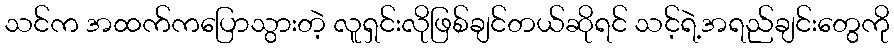
သင်က အထက်ကပြောသွားတဲ့ လူရှင်းလိုဖြစ်ချင်တယ်ဆိုရင် သင့်ရဲ့အရည်ချင်းတွေကို